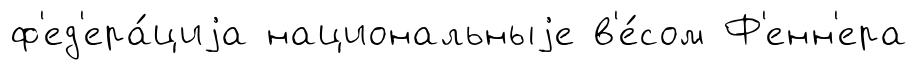
ф'ед'ера́циjа национальныjе в'е́сом Ф'енн'ера